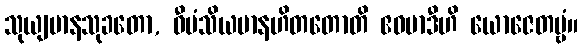
သုယျမာနသုခတော, ဝီမံသိယမာနဟိတတောတိ ဧဝမာဒီဟိ ယောဇေတဗ္ဗံ။